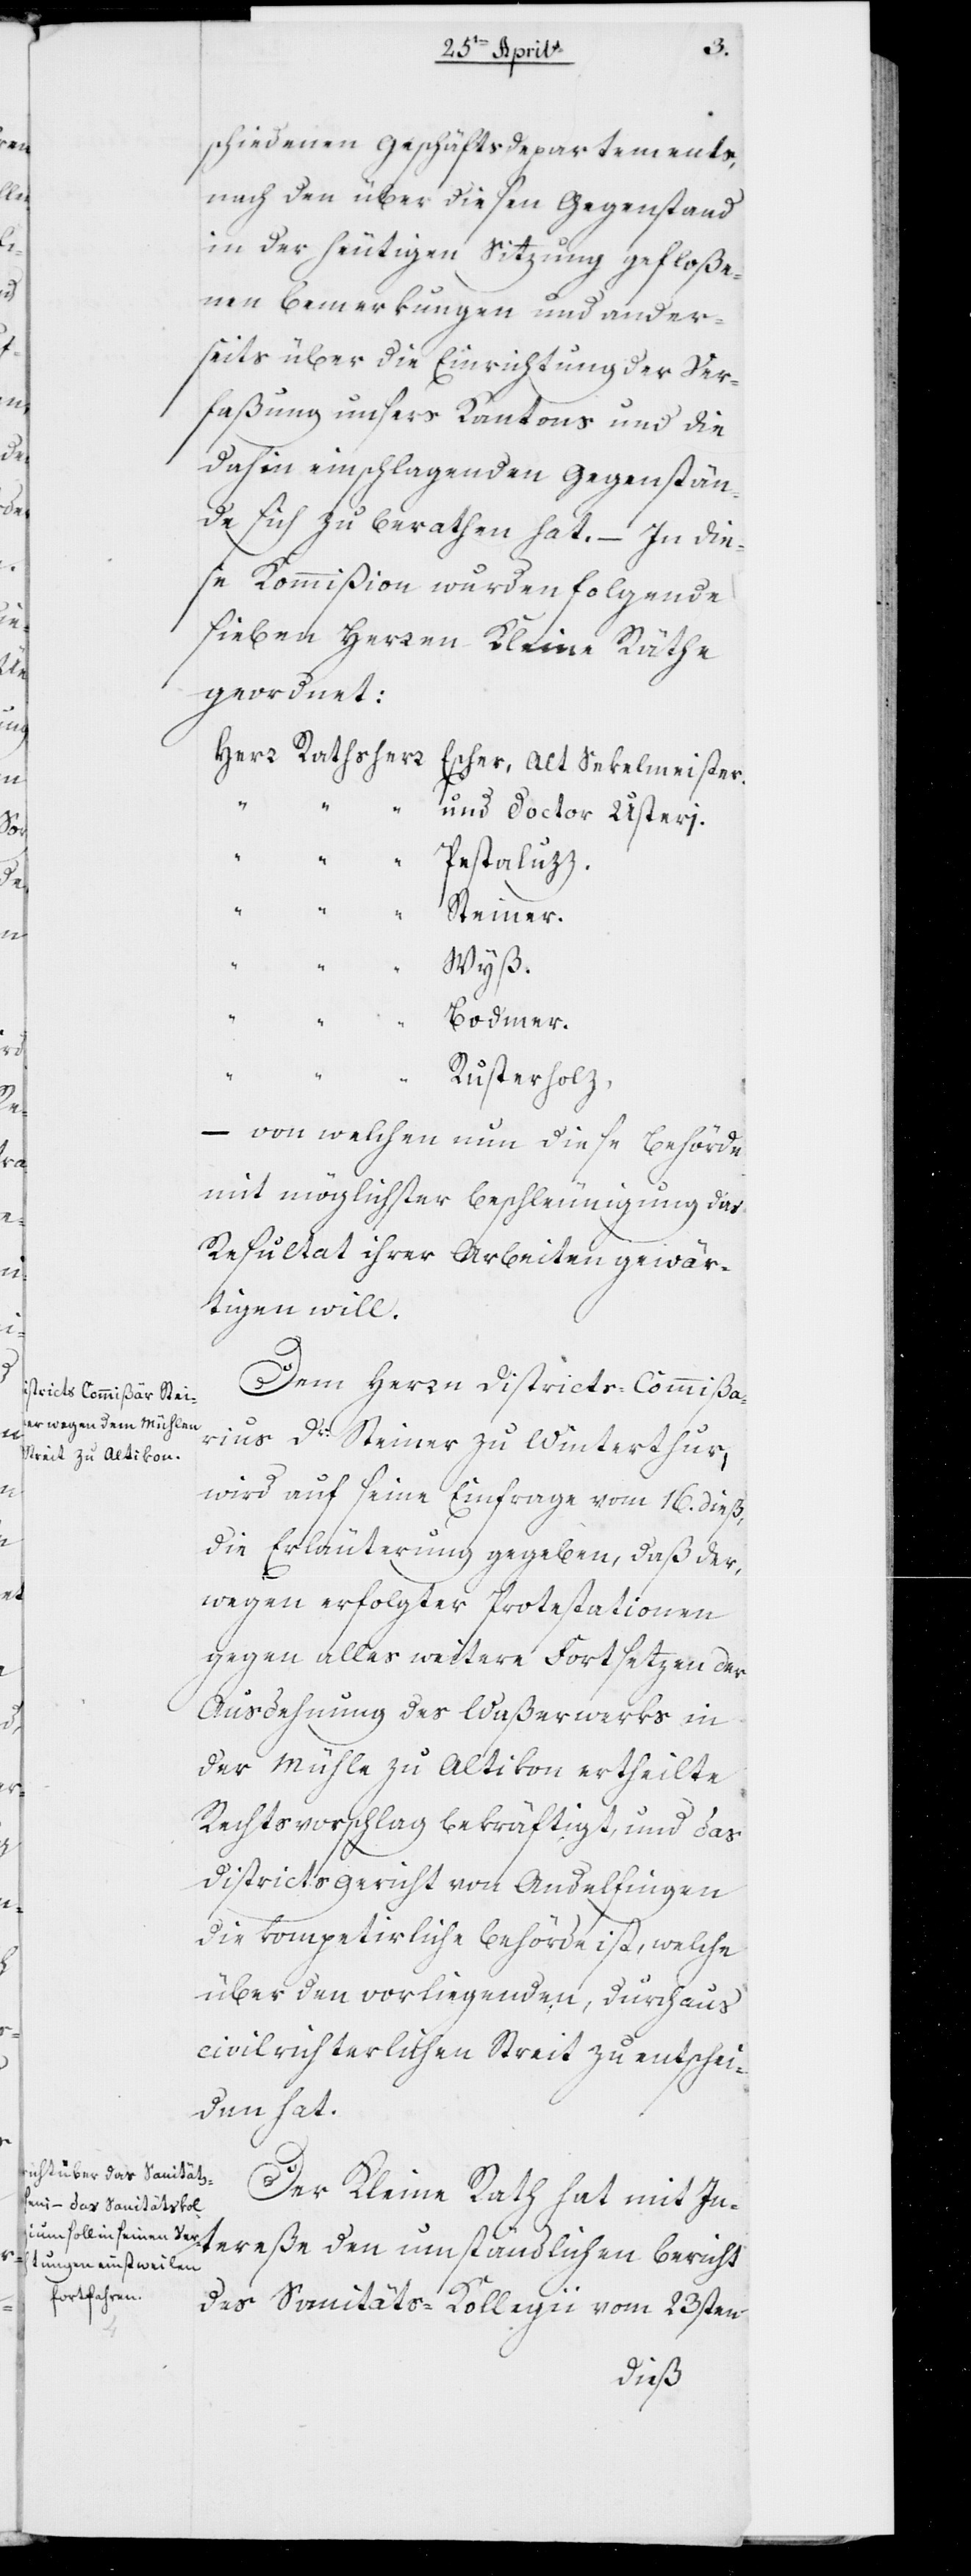
schiedenen Geschäftsdepartements,
nach den über diesen Gegenstand
in der heutigen Sitzung gefloße¬
nen Bemerkungen und ander¬
seits über die Einrichtung der Ver¬
faßung unseres Kantons und die
dahin einschlagenden Gegenstän¬
de sich zu berathen hat. – In die¬
se Kommißion wurden folgende
sieben Herren Kleine Räthe
geordnet:
Herr Rathsherr Escher, Alt Sekelmeister.
und Doctor Usterj.
Pestaluzz.
Steiner.
„
Wyß.
Bodmer.
Rusterholz,
– von welchen nun diese Behörde
mit möglichster Beschleunigung das
Resultat ihrer Arbeiten gewär¬
tigen will.
Dem Herrn Districts-Commißa¬
rius Dr. Steiner zu Winterthur,
wird auf seine Einfrage vom 16. dieß,
die Erläuterung gegeben, daß der
wegen erfolgter Protestationen
gegen alles weitere Fortsetzen der
Ausdehnung des Waßerwerks in
der Mühle zu Altikon ertheilte
Rechtsvorschlag bekräftigt, und das
Districts-Gericht von Andelfingen
die kompetierliche Behörde ist, welche
über den vorliegenden, durchaus
civilrichterlichen Streit zu entschei¬
den hat.
Der Kleine Rath hat mit In¬
tereße den umständlichen Bericht
des Sanitäts-Kollegii vom 23sten